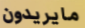
مايريدون